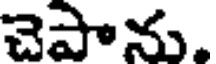
చెపాను.